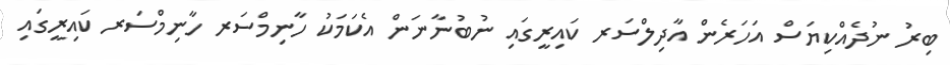
ބިރު ނުދެއްކިޔަސް އަހަރެން އާދިލްސަރ ކައިރީގައި ނުބުނާނަން އެކަމަކު ހާނިމްސަރ ހާނިމްސަރ ކައިރީގައި